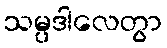
သမ္ပဒါလေတွာ